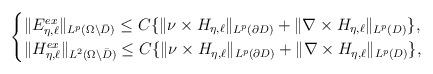
LaTeX: \begin{align*}\begin{cases}\|E_{\eta,\ell}^{ex}\|_{L^{p}(\Omega\backslash\bar{D})}\leq C\{\|\nu\times H_{\eta,\ell}\|_{L^{p}(\partial D)}+\|\nabla\times H_{\eta,\ell}\|_{L^{p}(D)}\},\\\|H_{\eta,\ell}^{ex}\|_{L^{2}(\Omega\backslash\bar{D})}\leq C\{\|\nu\times H_{\eta,\ell}\|_{L^{p}(\partial D)}+\|\nabla\times H_{\eta,\ell}\|_{L^{p}(D)}\},\end{cases}\end{align*}